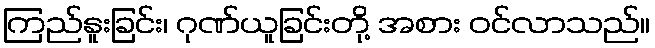
ကြည်နူးခြင်း၊ ဂုဏ်ယူခြင်းတို့ အစား ဝင်လာသည်။